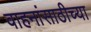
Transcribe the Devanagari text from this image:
वाहनांसाठीच्या